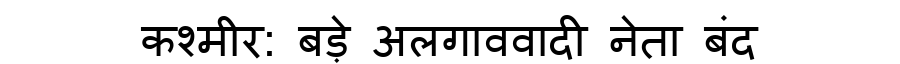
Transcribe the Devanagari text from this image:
कश्मीर: बड़े अलगाववादी नेता बंद